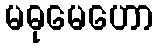
မဓုမေဟော